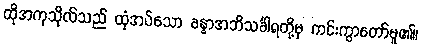
ထိုအကုသိုလ်သည် ထုံအပ်သော ခန္ဓာအဘိသင်္ခါရတို့မှ ကင်းကွာတော်မူ၏။